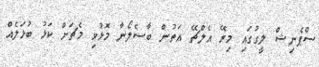
ސްޕެނިޝް ލީގުގައި މިރޭ އެލްޗޭ އަތުން ބާސެލޯނާ މޮޅުވި މެޗަށް ކަޅު ބުޅަލެއް